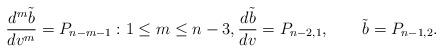
LaTeX: \begin{align*} \frac{d^m\tilde{b}}{dv^m}=P_{n-m-1}:1\leq m\leq n-3,\frac{d\tilde{b}}{dv}=P_{n-2,1},\qquad\tilde{b}=P_{n-1,2}.\end{align*}